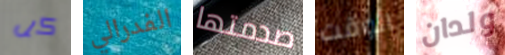
كل الفدرالي صدمتها الوقت ولدان